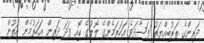
ދަރިންގެ ތަރުބިއްޔަތު ފަސާދަވެ އަހަރަމެންގެ ލޮލުގެ ކޮއި ފަދަ ދަރިން އަހަރުމެން އަތުން